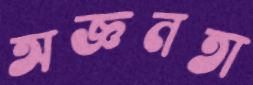
অজ্ঞনতা